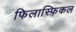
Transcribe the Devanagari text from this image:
फिलास्फिकल